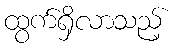
ထွက်ရှိလာသည့်